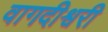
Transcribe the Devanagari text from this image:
वागदीश्वरी